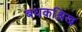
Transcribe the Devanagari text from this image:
बधकश्लिख